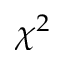
\chi ^ { 2 }